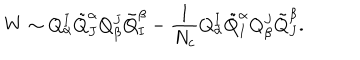
LaTeX: W \sim Q _ { \alpha } ^ { I } \tilde { Q } _ { J } ^ { \alpha } Q _ { \beta } ^ { J } \tilde { Q } _ { I } ^ { \beta } - \frac { 1 } { N _ { c } } Q _ { \alpha } ^ { I } \tilde { Q } _ { I } ^ { \alpha } Q _ { \beta } ^ { J } \tilde { Q } _ { J } ^ { \beta } .